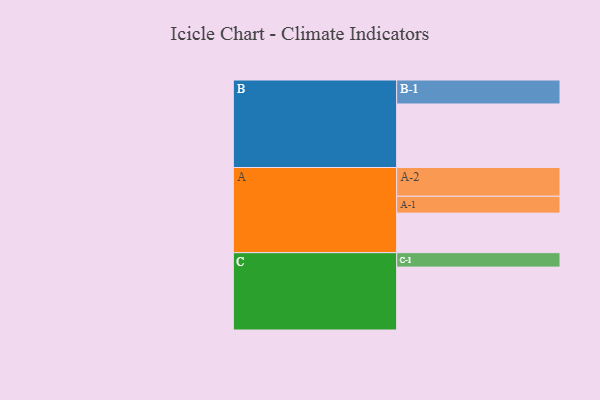
{"axis": {"x": "Segment", "y": "Value"}, "legend": ["", "A", "B", "C"], "data": [{"x": "A", "y": 373, "type": ""}, {"x": "B", "y": 599, "type": ""}, {"x": "C", "y": 593, "type": ""}, {"x": "A-1", "y": 159, "type": "A"}, {"x": "A-2", "y": 271, "type": "A"}, {"x": "B-1", "y": 226, "type": "B"}, {"x": "C-1", "y": 136, "type": "C"}]}